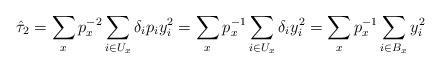
LaTeX: \begin{align*}\hat{\tau}_2 = \sum_x p_x^{-2} \sum_{i\in U_x} \delta_i p_i y_i^2 = \sum_x p_x^{-1} \sum_{i\in U_x} \delta_i y_i^2 = \sum_x p_x^{-1} \sum_{i\in B_x} y_i^2 \end{align*}